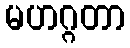
မဟဂ္ဂတာ